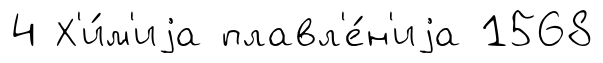
4 Х'и́м'иjа плавл'е́н'иjа 1568